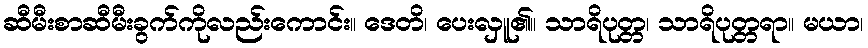
ဆီမီးစာဆီမီးခွက်ကိုလည်းကောင်း။ ဒေတိ၊ ပေးလှူ၏။ သာရိပုတ္တ၊ သာရိပုတ္တရာ။ မယာ၊